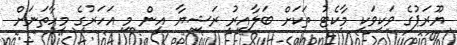
ޔޫރަޕުގެ ވަކިވަކި މާކެޓު ތަކަށް ބަލާއިރު ރަޝިޔާ އިން މި އަހަރުގެ މިހާތަނަށް